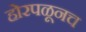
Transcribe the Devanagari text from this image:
होरपळूनच